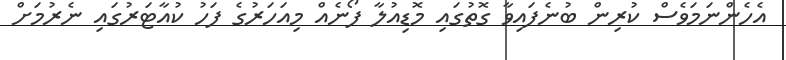
އެހެންނަމަވެސް ކުރިން ބުނެފައިވާ ގޮތުގައި މޮޑިއުލާ ފޯނެއް މިއަހަރުގެ ފަހު ކުއާޓަރުގައި ނެރުމަށް